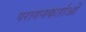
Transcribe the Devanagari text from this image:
परागनकर्ताओं